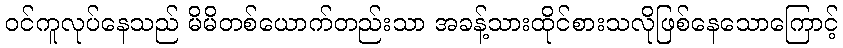
ဝင်ကူလုပ်နေသည် မိမိတစ်ယောက်တည်းသာ အခန့်သားထိုင်စားသလိုဖြစ်နေသောကြောင့်